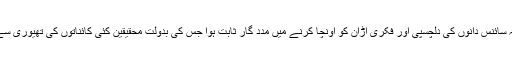
ماضی قریب میں ایک سے زیادہ کائناتوں کا نظریہ سائنس دانوں کی دلچسپی اور فکری اڑان کو اونچا کرنے میں مدد گار ثابت ہوا جس کی بدولت محقیقین کئی کائناتوں کی تھیوری سے متعلق شواہد اکھٹے کرنے میں سرگرم عمل ہیں ۔